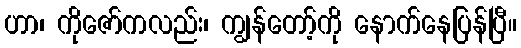
ဟာ၊ ကိုဇော်ကလည်း၊ ကျွန်တော့်ကို နောက်နေပြန်ပြီ။